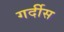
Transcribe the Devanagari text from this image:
गर्दीस